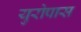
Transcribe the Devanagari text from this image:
युरोपास